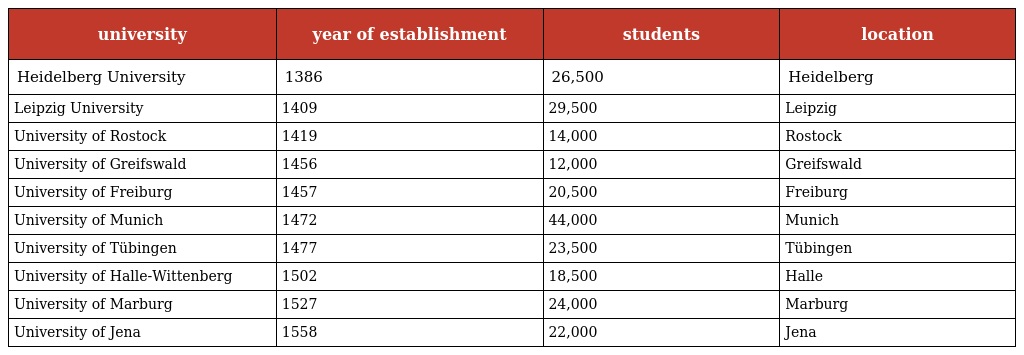
| university | year of establishment | students | location |
 | --- | --- | --- | --- |
 | Heidelberg University | 1386 | 26,500 | Heidelberg |
 | Leipzig University | 1409 | 29,500 | Leipzig |
 | University of Rostock | 1419 | 14,000 | Rostock |
 | University of Greifswald | 1456 | 12,000 | Greifswald |
 | University of Freiburg | 1457 | 20,500 | Freiburg |
 | University of Munich | 1472 | 44,000 | Munich |
 | University of Tübingen | 1477 | 23,500 | Tübingen |
 | University of Halle-Wittenberg | 1502 | 18,500 | Halle |
 | University of Marburg | 1527 | 24,000 | Marburg |
 | University of Jena | 1558 | 22,000 | Jena |